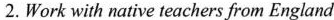
2.Work with native teachers from England